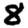
Digit: 8